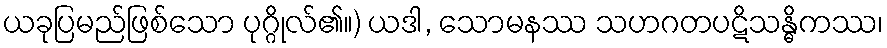
ယခုပြမည်ဖြစ်သော ပုဂ္ဂိုလ်၏။) ယဒါ, သောမနဿ သဟဂတပဋိသန္ဓိကဿ၊